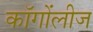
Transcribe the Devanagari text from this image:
कॉगोंलीज